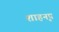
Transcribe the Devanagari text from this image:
शाहनृप